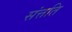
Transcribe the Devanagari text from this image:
संत्तति